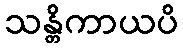
သန္တိကာယပိ